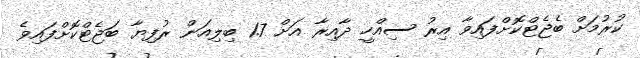
ކުރުމަށް ބެޖެޓްކޮށްފައިވާ އިރު ސިއްހީ ދާއިރާ އަށް 1.7 ބިލިއަން ރުފިޔާ ބަޖެޓްކޮށްފައިވެ